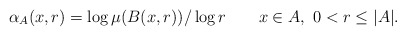
\begin{align*}\alpha_{A}(x,r)=\log\mu(B(x,r))/\log r\qquad x\in A,\ 0<r\leq|A|.\end{align*}